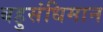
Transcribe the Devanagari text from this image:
बहुसंधिमान